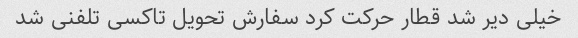
خیلی دیر شد قطار حرکت کرد سفارش تحویل تاکسی تلفنی شد